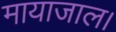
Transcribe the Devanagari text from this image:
मायाजाल।